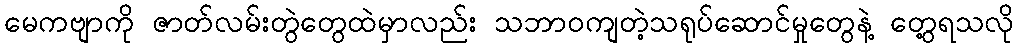
မေကဗျာကို ဇာတ်လမ်းတွဲတွေထဲမှာလည်း သဘာဝကျတဲ့သရုပ်ဆောင်မှုတွေနဲ့ တွေ့ရသလို